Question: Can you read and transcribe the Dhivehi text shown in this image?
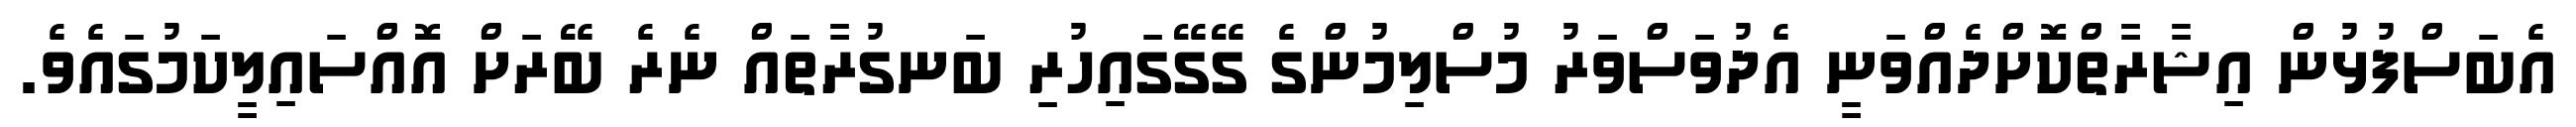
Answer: އެބަސްފުޅުން އިޝާރާތްކޮށްދެއްވަނީ އެދުވަސްވަރު މުސްލިމުންގެ ގޭގޭގައިހުރި ބަނގުރާތައް ނެރެ ބޭރަށް އޮއްސައިލީކަމުގައެވެ.